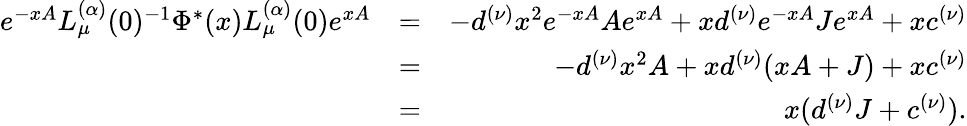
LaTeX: \begin{array}{rlr}{e^{-xA}L_{\mu}^{(\alpha)}(0)^{-1}\Phi^{\ast}(x)L_{\mu}^{(\alpha)}(0)e^{xA}}&{=}&{-d^{(\nu)}x^{2}e^{-xA}Ae^{xA}+xd^{(\nu)}e^{-xA}Je^{xA}+xc^{(\nu)}}\\ &{=}&{-d^{(\nu)}x^{2}A+xd^{(\nu)}(xA+J)+xc^{(\nu)}}\\ &{=}&{x(d^{(\nu)}J+c^{(\nu)}).}\end{array}